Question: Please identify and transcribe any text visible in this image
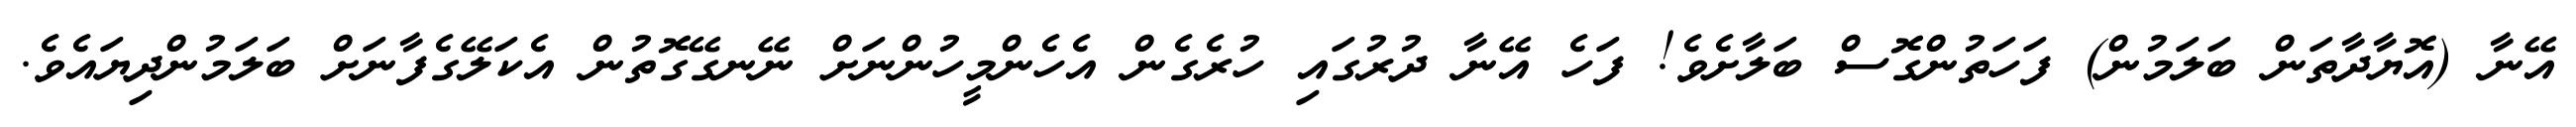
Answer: އޭނާ (އޮޔާދާތަން ބަލަމުން) ފަހަތުންގޮސް ބަލާށެވެ! ފަހެ އޭނާ ދުރުގައި ހުރެގެން އެހެންމީހުންނަށް ނޭނގޭގޮތުން އެކަލޭގެފާނަށް ބަލަމުންދިޔައެވެ.